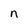
Character: n